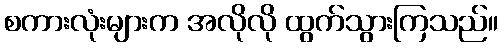
စကားလုံးများက အလိုလို ထွက်သွားကြသည်။